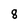
Character: 8